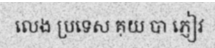
លេង ប្រទេស គុយ បា ភ្ញៀវ